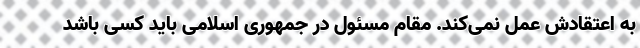
به اعتقادش عمل نمی‌کند. مقام مسئول در جمهوری اسلامی باید کسی باشد